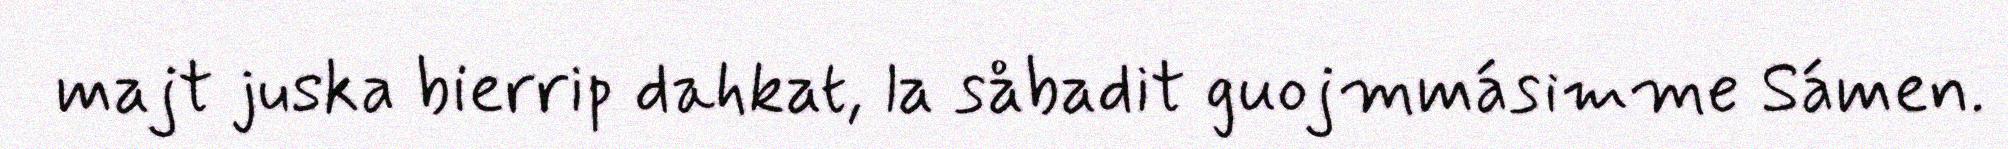
majt juska bierrip dahkat, la såbadit guojmmásimme Sámen.